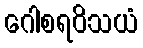
ဂေါစရဝိသယံ